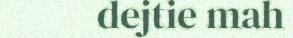
dejtie mah